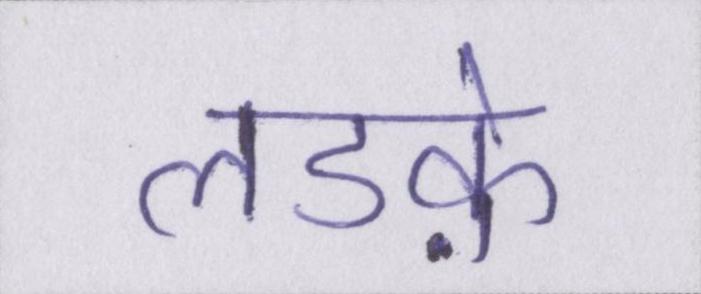
लडक़े